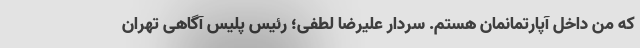
که من داخل آپارتمانمان هستم. سردار علیرضا لطفی؛ رئیس پلیس آگاهی تهران